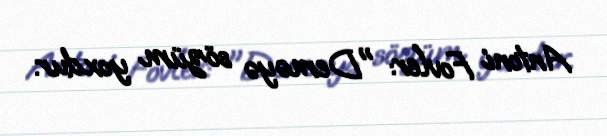
Antoni Fovler: "Deməyə sözüm yoxdur.